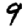
Digit: 9